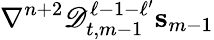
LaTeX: \nabla^{n+2}\mathscr{D}_{t,m-1}^{\ell-1-\ell^{\prime}}\mathbf{s}_{m-1}